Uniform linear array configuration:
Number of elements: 64
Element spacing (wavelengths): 0.75
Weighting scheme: uniform
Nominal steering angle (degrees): -30
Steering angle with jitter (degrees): -31.427
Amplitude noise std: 0.05
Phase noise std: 0.05

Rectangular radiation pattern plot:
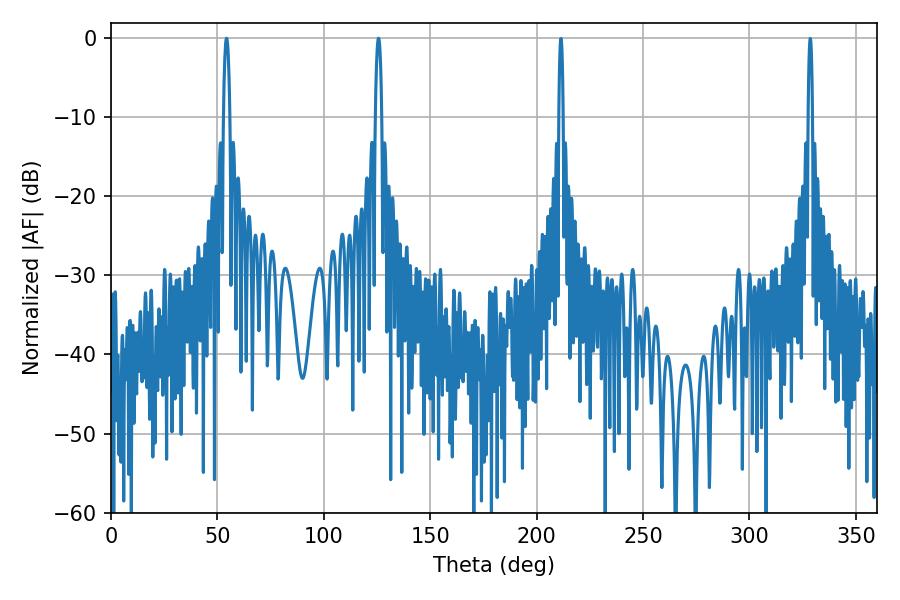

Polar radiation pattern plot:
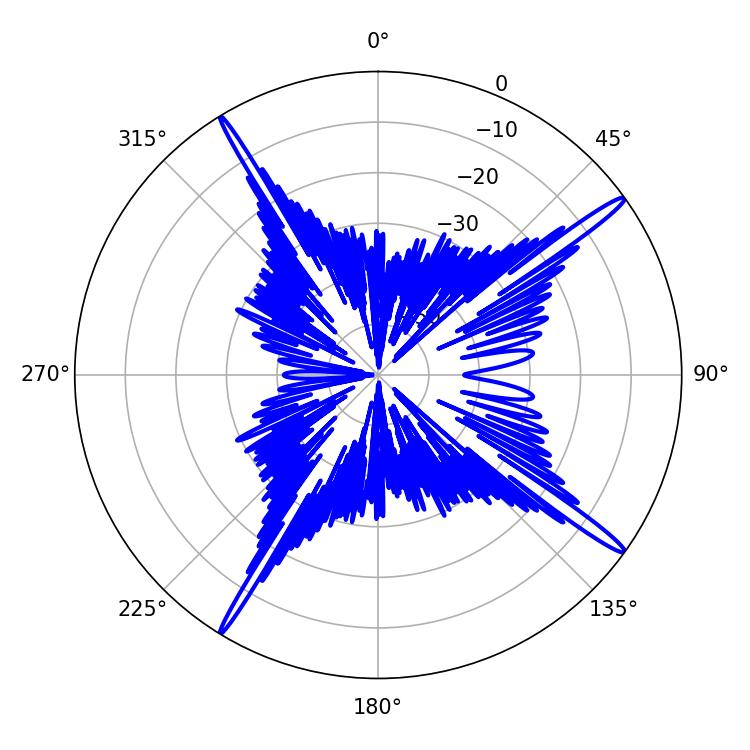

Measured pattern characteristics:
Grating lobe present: TRUE
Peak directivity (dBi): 17.869
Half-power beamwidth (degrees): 1.62
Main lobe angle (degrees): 54.36